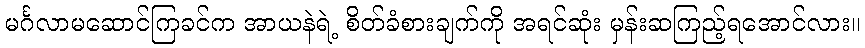
မင်္ဂလာမဆောင်ကြခင်က အာယနဲရဲ့ စိတ်ခံစားချက်ကို အရင်ဆုံး မှန်းဆကြည့်ရအောင်လား။